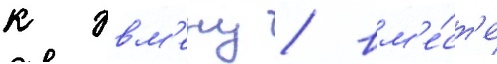
к эвм'ену / вм'е́ст'е